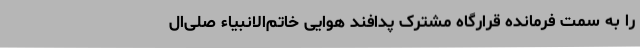
را به سمت فرمانده قرارگاه مشترک پدافند هوایی خاتم‌الانبیاء صلی‌ال